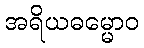
အရိယဓမ္မောဝ